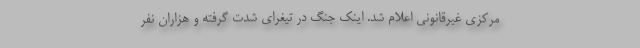
مرکزی غیرقانونی اعلام شد. اینک جنگ در تیغرای شدت گرفته و هزاران نفر